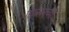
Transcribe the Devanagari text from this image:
गिब्सनच्या